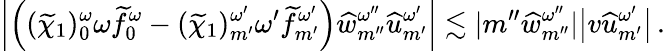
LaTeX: \left|\left((\widetilde{\chi}_{1})_{0}^{\omega}\omega\widetilde{f}_{0}^{\omega}-(\widetilde{\chi}_{1})_{m^{\prime}}^{\omega^{\prime}}{\omega^{\prime}}\widetilde{f}_{m^{\prime}}^{\omega^{\prime}}\right)\widehat{w}_{{m^{\prime\prime}}}^{\omega^{\prime\prime}}{\widehat{u}}_{m^{\prime}}^{\omega^{\prime}}\right|\lesssim|m^{\prime\prime}\widehat{w}_{m^{\prime\prime}}^{\omega^{\prime\prime}}|\big|v{\widehat{u}}_{m^{\prime}}^{\omega^{\prime}}\big|\, .